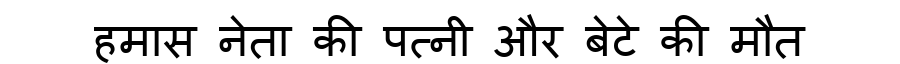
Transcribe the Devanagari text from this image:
हमास नेता की पत्नी और बेटे की मौत